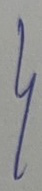
}